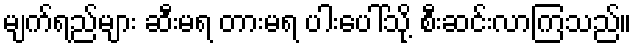
မျက်ရည်များ ဆီးမရ တားမရ ပါးပေါ်သို့ စီးဆင်းလာကြသည်။